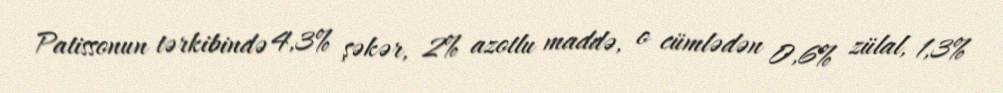
Patissonun tərkibində 4,3% şəkər, 2% azotlu maddə, o cümlədən 0,6% zülal, 1,3%